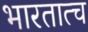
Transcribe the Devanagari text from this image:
भारतात्च